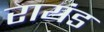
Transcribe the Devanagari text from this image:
रायंड